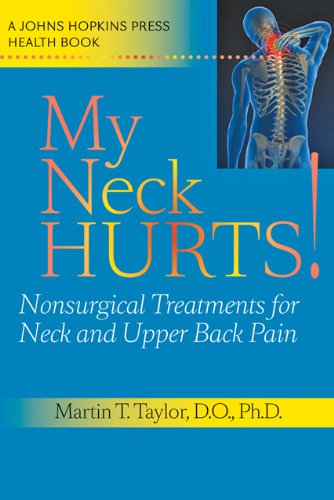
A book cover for My Neck Hurts!: Nonsurgical Treatments for Neck and Upper Back Pain (A Johns Hopkins Press Health Book); Martin T. Taylor; Health, Fitness & Dieting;